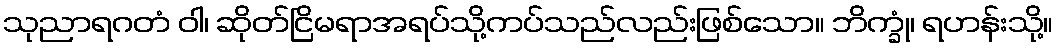
သုညာရဂတံ ဝါ၊ ဆိုတ်ငြိမရာအရပ်သို့ကပ်သည်လည်းဖြစ်သော။ ဘိက္ခုံ၊ ရဟန်းသို့။